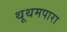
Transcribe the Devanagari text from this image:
थूथमपारा